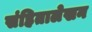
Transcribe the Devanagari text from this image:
संहितालेखन